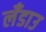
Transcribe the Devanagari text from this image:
लँडाउ